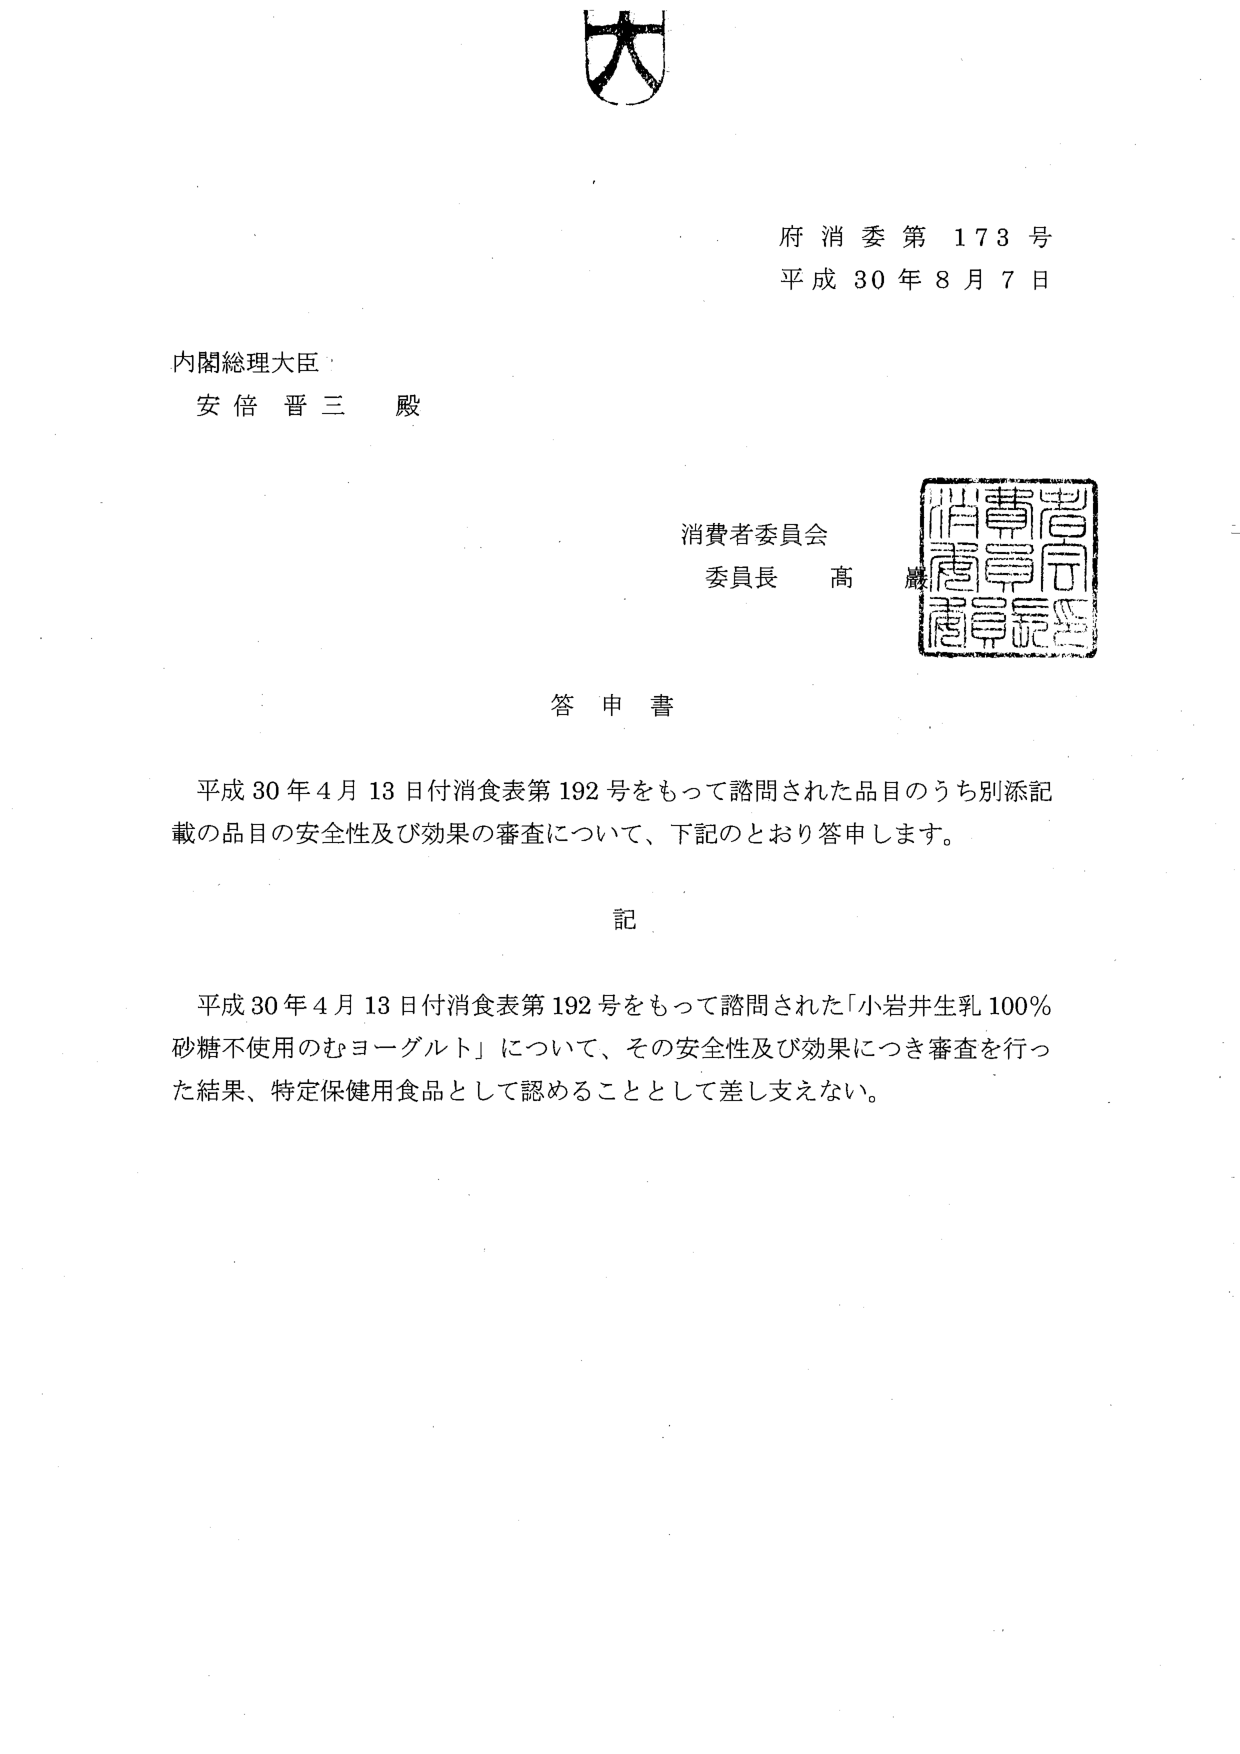
大

府消委第173号
平成30年8月7日

内閣総理大臣
安倍晋三 殿

消費者委員会
委員長 髙巖

答申書

平成30年4月13日付消食表第192号をもって諮問された品目のうち別添記載の品目の安全性及び効果の審査について、下記のとおり答申します。

記

平成30年4月13日付消食表第192号をもって諮問された「小岩井生乳100％砂糖不使用のむヨーグルト」について、その安全性及び効果につき審査を行った結果、特定保健用食品として認めることとして差し支えない。